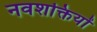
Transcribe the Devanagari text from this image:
नवशक्तियों